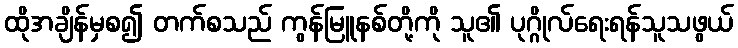
ထိုအချိန်မှစ၍ တက်စသည် ကွန်မြူနစ်တို့ကို သူ၏ ပုဂ္ဂိုလ်ရေးရန်သူသဖွယ်